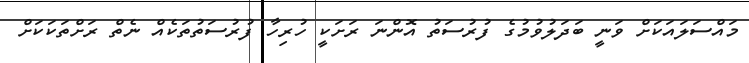
މައްސަލައަކަށް ވަނީ ބަދަލުވުމުގެ ފުރުސަތު އޮންނަ ރަށަކީ ހުރިހާ ފުރުސަތުތަކެއް ނެތް ރަށްތަކަކަށް